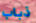
ذباب